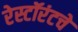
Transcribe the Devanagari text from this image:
रेस्टॉरंटचे